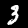
Label: 3